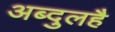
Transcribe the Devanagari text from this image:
अब्दुलहै